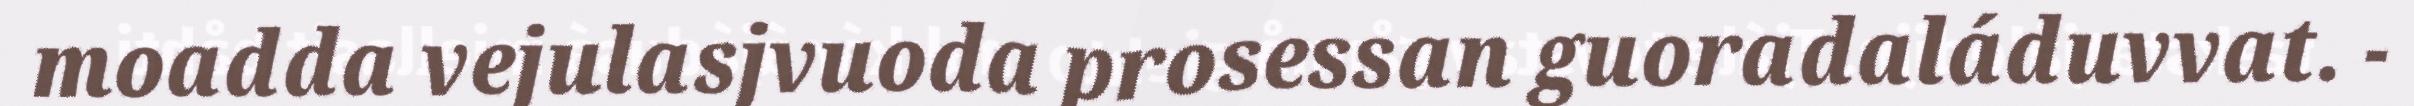
moadda vejulasjvuoda prosessan guoradaláduvvat. -